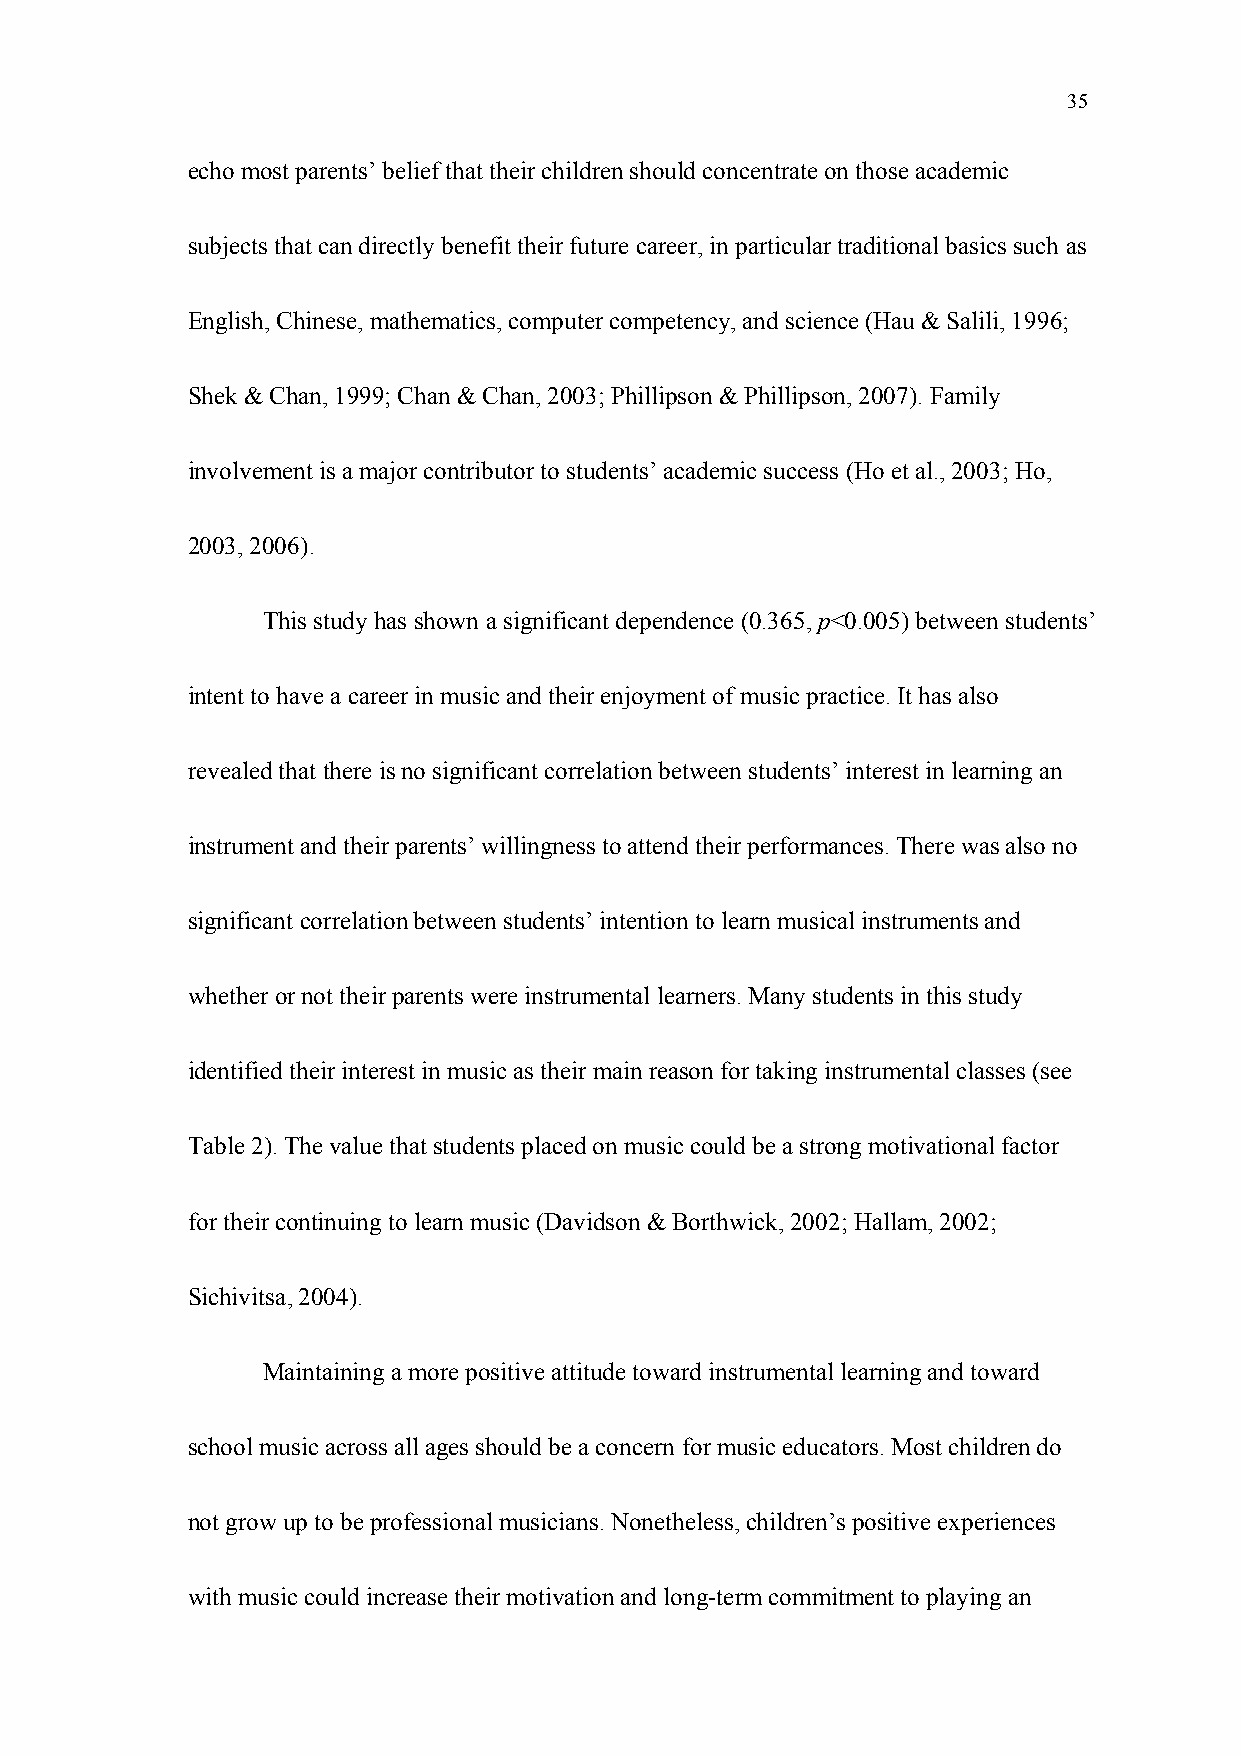
35
 echo most parents’ belief that their children should concentrate on those academic
 subjects that can directly benefit their future career, in particular traditional basics such as
 English, Chinese, mathematics, computer competency, and science (Hau & Salili, 1996;
 Shek & Chan, 1999; Chan & Chan, 2003; Phillipson & Phillipson, 2007). Family
 involvement is a major contributor to students’ academic success (Ho et al., 2003; Ho,
 2003, 2006).
 This study has shown a significant dependence (0.365, p<0.005) between students’
 intent to have a career in music and their enjoyment of music practice. It has also
 revealed that there is no significant correlation between students’ interest in learning an
 instrument and their parents’ willingness to attend their performances. There was also no
 significant correlation between students’ intention to learn musical instruments and
 whether or not their parents were instrumental learners. Many students in this study
 identified their interest in music as their main reason for taking instrumental classes (see
 Table 2). The value that students placed on music could be a strong motivational factor
 for their continuing to learn music (Davidson & Borthwick, 2002; Hallam, 2002;
 Sichivitsa, 2004).
 Maintaining a more positive attitude toward instrumental learning and toward
 school music across all ages should be a concern for music educators. Most children do
 not grow up to be professional musicians. Nonetheless, children’s positive experiences
 with music could increase their motivation and long-term commitment to playing an